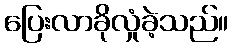
ပြေးလာခိုလှုံခဲ့သည်။